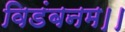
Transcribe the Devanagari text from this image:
विडंबनम।।